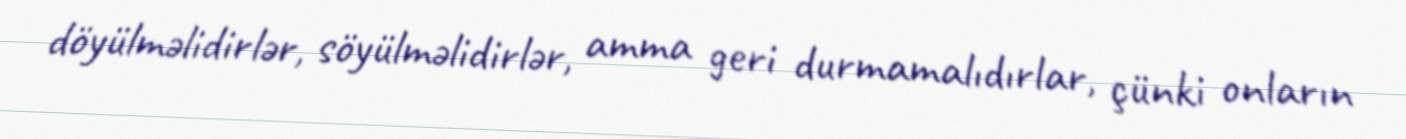
döyülməlidirlər, söyülməlidirlər, amma geri durmamalıdırlar, çünki onların